Civil Veterinary Dept. Bombay admin report 1914-1922 - 1914-1922
Year: 1914
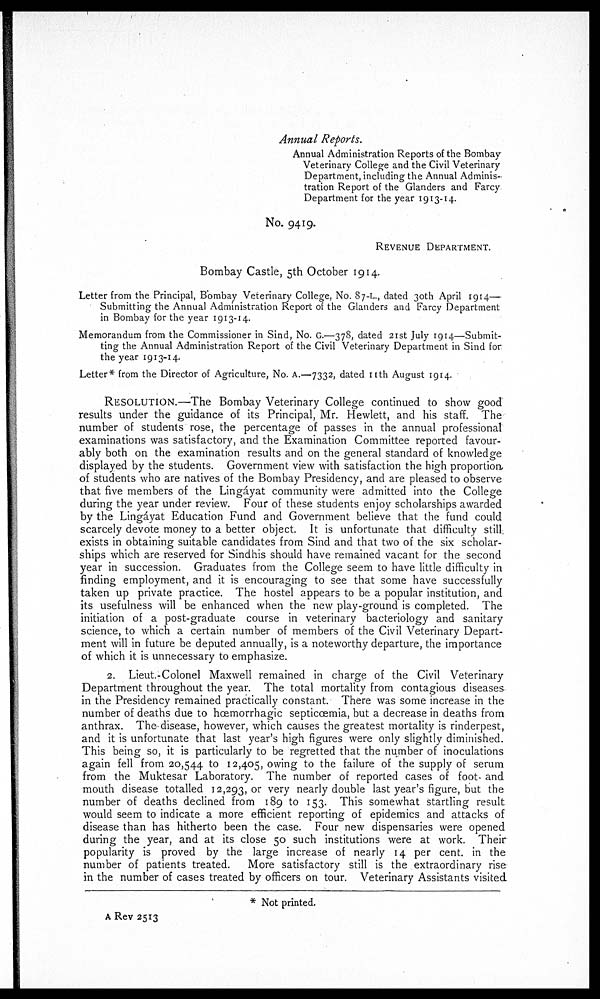
Annual Reports.
Annual Administration Reports of the Bombay
Veterinary College and the Civil Veterinary
Department, including the Annual Adminis-
tration Report of the Glanders and Farcy
Department for the year 1913-14.
No. 9419.
REVENUE DEPARTMENT.
Bombay Castle, 5th October 1914.
Letter from the Principal, Bombay Veterinary College, No. 87-L., dated 30th April 1914—
Submitting the Annual Administration Report of the Glanders and Farcy Department
in Bombay for the year 1913-14.
Memorandum from the Commissioner in Sind, No. G.—378, dated 21st July 1914—Submit-
ting the Annual Administration Report of the Civil Veterinary Department in Sind for
the year 1913-14.
Letter* from the Director of Agriculture, No. A.—7332, dated 11th August 1914.
RESOLUTION.—The Bombay Veterinary College continued to show good
results under the guidance of its Principal, Mr. Hewlett, and his staff. The
number of students rose, the percentage of passes in the annual professional
examinations was satisfactory, and the Examination Committee reported favour-
ably both on the examination results and on the general standard of knowledge
displayed by the students. Government view with satisfaction the high proportion,
of students who are natives of the Bombay Presidency, and are pleased to observe
that five members of the Lingáyat community were admitted into the College
during the year under review. Four of these students enjoy scholarships awarded
by the Lingáyat Education Fund and Government believe that the fund could
scarcely devote money to a better object. It is unfortunate that difficulty still
exists in obtaining suitable candidates from Sind and that two of the six scholar-
ships which are reserved for Sindhis should have remained vacant for the second
year in succession. Graduates from the College seem to have little difficulty in
finding employment, and it is encouraging to see that some have successfully
taken up private practice. The hostel appears to be a popular institution, and
its usefulness will be enhanced when the new play-ground is completed. The
initiation of a post-graduate course in veterinary bacteriology and sanitary
science, to which a certain number of members of the Civil Veterinary Depart-
ment will in future be deputed annually, is a noteworthy departure, the importance
of which it is unnecessary to emphasize.
2. Lieut.-Colonel Maxwell remained in charge of the Civil Veterinary
Department throughout the year. The total mortality from contagious diseases
in the Presidency remained practically constant. There was some increase in the
number of deaths due to hæmorrhagic septicæmia, but a decrease in deaths from
anthrax. The disease, however, which causes the greatest mortality is rinderpest,
and it is unfortunate that last year's high figures were only slightly diminished.
This being so, it is particularly to be regretted that the number of inoculations
again fell from 20,544 to 12,405, owing to the failure of the supply of serum
from the Muktesar Laboratory. The number of reported cases of foot and
mouth disease totalled 12,293, or very nearly double last year's figure, but the
number of deaths declined from 189 to 153. This somewhat startling result
would seem to indicate a more efficient reporting of epidemics and attacks of
disease than has hitherto been the case. Four new dispensaries were opened
during the year, and at its close 50 such institutions were at work. Their
popularity is proved by the large increase of nearly 14 per cent. in the
number of patients treated.
More satisfactory still is the extraordinary rise
in the number of cases treated by officers on tour. Veterinary Assistants visited
* Not printed.
A Rev 2513